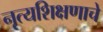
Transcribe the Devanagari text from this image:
नृत्यशिक्षणाचे